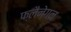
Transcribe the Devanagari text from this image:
फ्लैनेगन